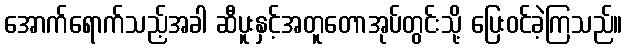
အောက်ရောက်သည့်အခါ ဆီပူးနှင့်အတူတောအုပ်တွင်းသို့ ပြေးဝင်ခဲ့ကြသည်။